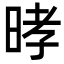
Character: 㫴